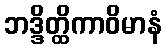
ဘဒ္ဒိတ္ထိကာဝိမာနံ